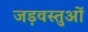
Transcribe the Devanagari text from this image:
जड़वस्तुओं